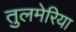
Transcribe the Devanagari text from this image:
तुलमेरिया